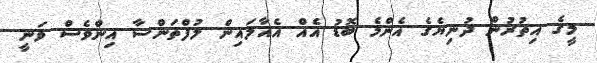
މީގެ އިތުރުން ދުނިޔެގެ އެންމެ ބޮޑު އެއް އެއާލައިން ލުފްތަންސާ އިންވެސް ވަނީ